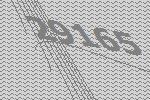
29165